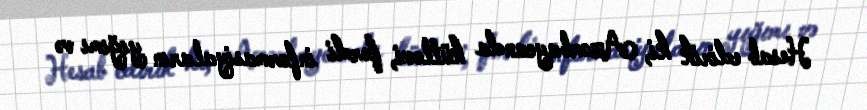
Hesab edirik ki, Azərbaycanda kütləvi, fərdi informasiyaların yığımı və